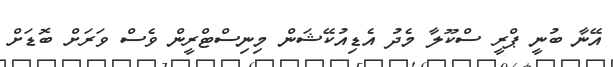
އޭނާ ބުނީ ޕްރީ ސްކޫލާ މެދު އެޑިއުކޭޝަން މިނިސްޓްރީން ވެސް ވަރަށް ބޮޑަށް